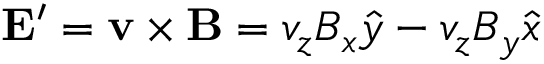
\mathbf { E ^ { \prime } } = \mathbf { v } \times \mathbf { B } = v _ { z } B _ { x } { \hat { y } } - v _ { z } B _ { y } { \hat { x } }